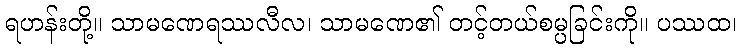
ရဟန်းတို့။ သာမဏေရဿလီလ၊ သာမဏေ၏ တင့်တယ်စမ္ပခြင်းကို။ ပဿထ၊